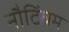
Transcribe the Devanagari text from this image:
नौटिंघम